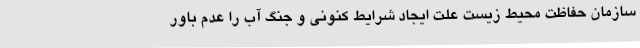
سازمان حفاظت محیط زیست علت ایجاد شرایط کنونی و جنگ آب را عدم باور